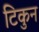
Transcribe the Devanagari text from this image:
टिकुन